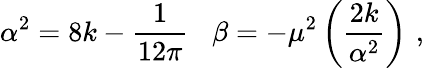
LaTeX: \alpha^{2}=8k-\frac{1}{12\pi}\, \, \, \, \, \beta=-\mu^{2}\left(\frac{2k}{\alpha^{2}}\right)\, \, ,